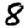
Digit: 8